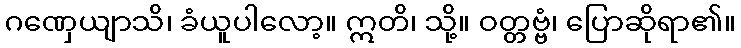
ဂဏှေယျာသိ၊ ခံယူပါလော့။ ဣတိ၊ သို့။ ဝတ္တဗ္ဗံ၊ ပြောဆိုရာ၏။